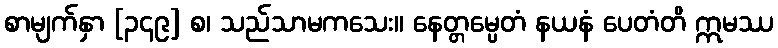
စာမျက်နှာ [၃၄၉] စ၊ သည်သာမကသေး။ နေတ္တမ္ပေတံ နယနံ ပေတံတိ ဣမဿ